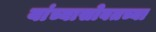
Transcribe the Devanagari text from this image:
यांच्यासोबतच्या